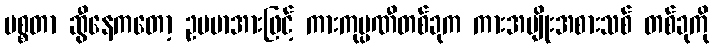
မစ္စတာ ဆွီနေကတော့ ဥပမာအားဖြင့် ကားကုမ္ပဏီတစ်ခုက ကားအမျိုးအစားသစ် တစ်ခုကို